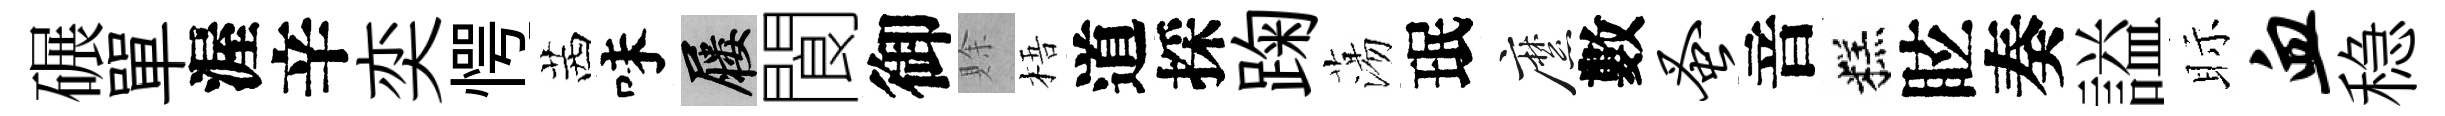
碾單渥辛奕愕茜味屨閬御賖梧道採踘蕩珉縻數蚤音糕眩奏謚眎血稳